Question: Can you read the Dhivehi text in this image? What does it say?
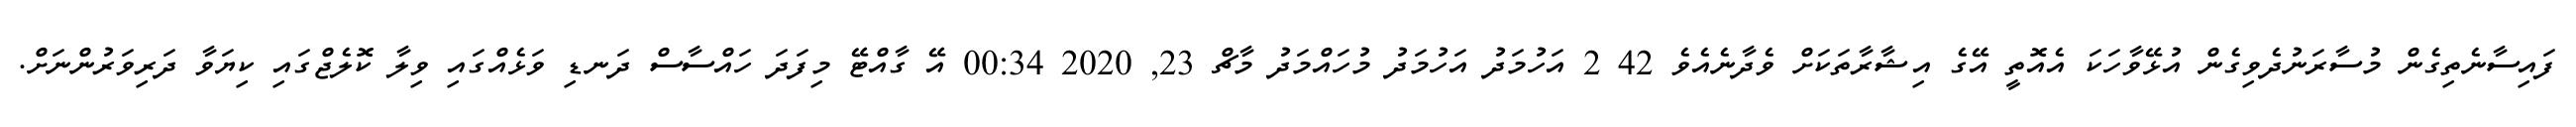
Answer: ފައިސާނެތިގެން މުސާރަނުދެވިގެން އުޅޭވާހަކަ އެއޮތީ އޭގެ އިޝާރާތަކަށް ވެދާނެއެވެ 42 2 އަހުމަދު އަހުމަދު މުހައްމަދު މާޗް 23, 2020 00:34 އޭ ގާއްޓޭ މިފަދަ ހައްސާސް ދަނޑި ވަޅެއްގައި ވިލާ ކޮލެޖްގައި ކިޔަވާ ދަރިވަރުންނަށް.